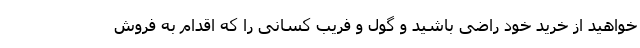
خواهید از خرید خود راضی باشید و گول و فریب کسانی را که اقدام به فروش